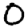
Digit: 0